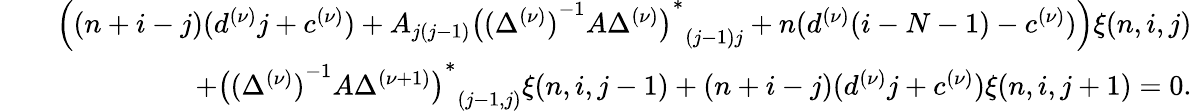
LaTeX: \begin{array}{rlr}&{}&{\Big((n+i-j)(d^{(\nu)}j+c^{(\nu)})+A_{j(j-1)}{{\big({(\Delta^{(\nu)})}^{-1}A\Delta^{(\nu)}\big)}^{\ast}}_{(j-1)j}+n(d^{(\nu)}(i-N-1)-c^{(\nu)})\Big)\xi(n,i,j)}\\ &{}&{+{{\big({(\Delta^{(\nu)})}^{-1}A\Delta^{(\nu+1)}\big)}^{\ast}}_{(j-1,j)}\xi(n,i,j-1)+(n+i-j)(d^{(\nu)}j+c^{(\nu)})\xi(n,i,j+1)=0.}\end{array}